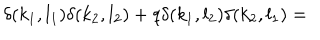
\delta ( k _ { 1 } , l _ { 1 } ) \delta ( k _ { 2 } , l _ { 2 } ) + q \delta ( k _ { 1 } , l _ { 2 } ) \delta ( k _ { 2 } , l _ { 1 } ) =